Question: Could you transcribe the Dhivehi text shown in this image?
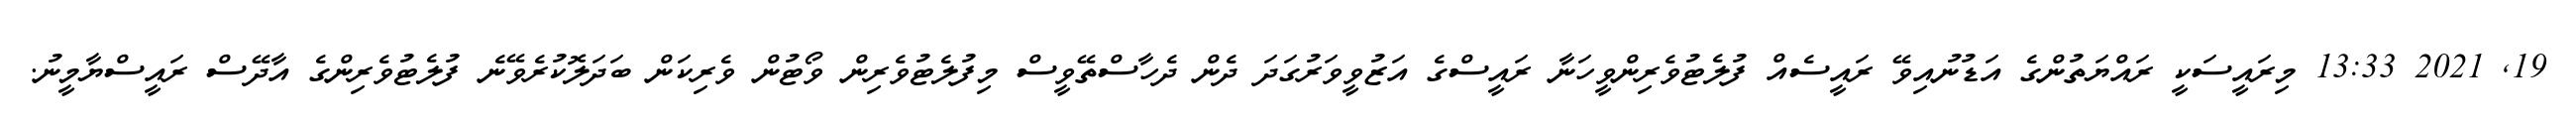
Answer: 19, 2021 13:33 މިރައީސަކީ ރައްޔަތުންގެ އަޑުނުއިވޭ ރައީސެއް ފުލެޓުވެރިންވީހަނާ ރައީސްގެ އަޒުވީވަރުގަދަ ދެން ދެހާސްތޭވީސް މިފުލެޓުވެރިން ވޯޓުން ވެރިކަން ބަދަލޮކުރެވޭނެ ފުލެޓުވެރިންގެ އާދޭސް ރައީސްޔާމީނު.